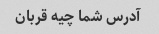
آدرس شما چیه قربان